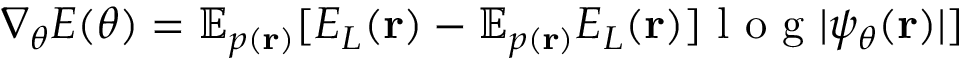
\nabla _ { \theta } E ( \theta ) = \mathbb { E } _ { p ( \mathbf { r } ) } [ E _ { L } ( \mathbf { r } ) - \mathbb { E } _ { p ( \mathbf { r } ) } E _ { L } ( \mathbf { r } ) ] \textup { l o g } | \psi _ { \theta } ( \mathbf { r } ) | ]